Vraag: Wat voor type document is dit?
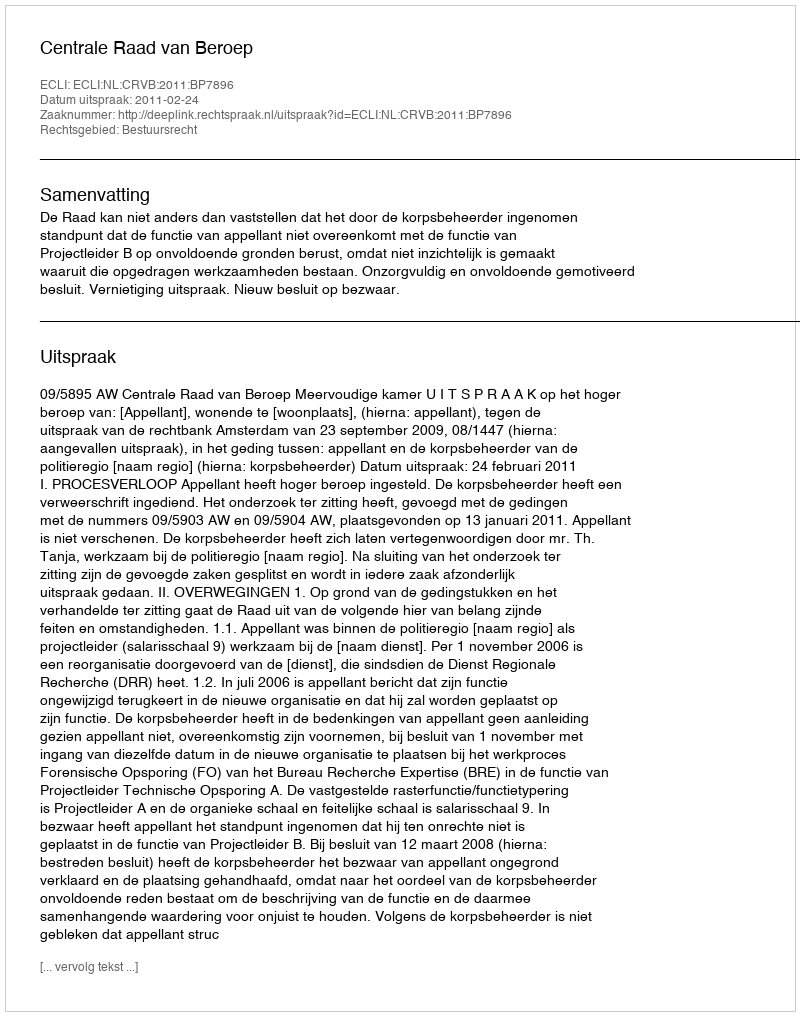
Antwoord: Uitspraak